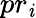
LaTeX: pr_{\mathit{i}}